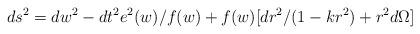
LaTeX: \begin{align*}ds^2=dw^2-dt^2e^2(w)/f(w)+f(w)[dr^2/(1-kr^2)+r^2d\Omega] \end{align*}